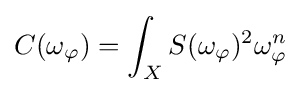
C(\omega _{\varphi })=\int _{X}S(\omega _{\varphi })^{2}\omega _{\varphi }^{n}